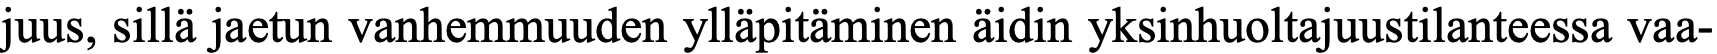
juus, sillä jaetun vanhemmuuden ylläpitäminen äidin yksinhuoltajuustilanteessa vaa-